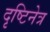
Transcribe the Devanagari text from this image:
दृष्टिनेत्र